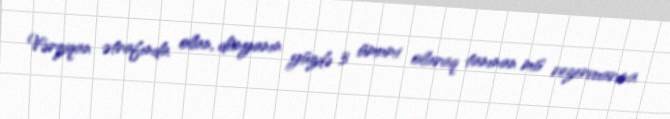
Vərziqan ətrafında olan, dünyanın yüzdə 3 ümumi olaraq tanınan mis rezervuarına